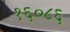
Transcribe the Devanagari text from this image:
१६०८६